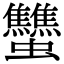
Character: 𧖝